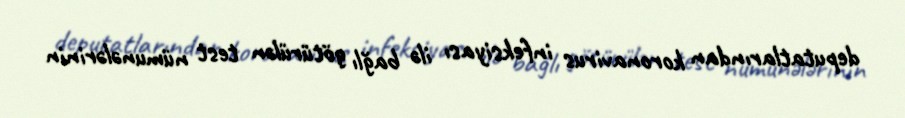
deputatlarından koronavirus infeksiyası ilə bağlı götürülən test nümunələrinin